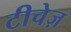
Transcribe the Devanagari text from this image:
टीचेज़